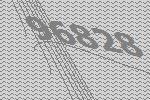
96828